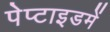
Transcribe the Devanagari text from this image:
पेप्टाइडमें